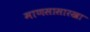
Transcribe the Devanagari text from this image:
माणसासारखा